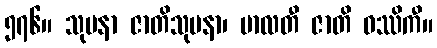
၅၇၆။ သုမနာ ဇာတိသုမနာ၊ မာလတီ ဇာတိ ဝဿိကီ။